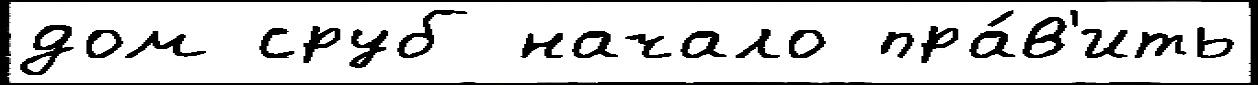
дом сруб начало пра́в'ить